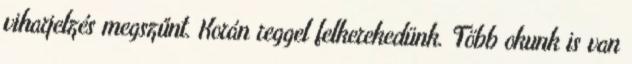
viharjelzés megszűnt. Korán reggel felkerekedünk. Több okunk is van